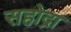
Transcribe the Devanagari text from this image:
सहोद्रा